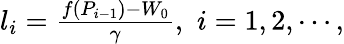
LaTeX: \begin{array}{r}{l_{i}=\frac{f(P_{i-1})-W_{0}}{\gamma},\, \, i=1,2,\cdots,}\end{array}